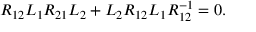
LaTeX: R _ { 1 2 } L _ { 1 } R _ { 2 1 } L _ { 2 } + L _ { 2 } R _ { 1 2 } L _ { 1 } R _ { 1 2 } ^ { - 1 } = 0 .